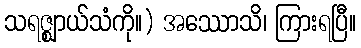
သရဇ္ဈာယ်သံကို။) အဿောသိ၊ ကြားရပြီ။